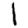
Digit: 1